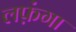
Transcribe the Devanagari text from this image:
लफ़ंगा